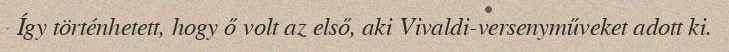
Így történhetett, hogy ő volt az első, aki Vivaldi-versenyműveket adott ki.